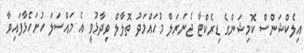
އިލެކްޝަންސް ކޮމިޝަންގެ ޑިރެކްޓާ ޖެނަރަލް މުހައްމަދު ތޮލާލް ވިދާޅުވީ އެ މައްސަލަ ހުށަހެޅާފައިވާ